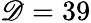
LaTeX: \mathscr{D}=39